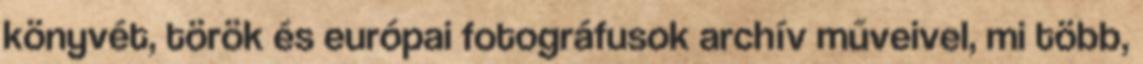
könyvét, török és európai fotográfusok archív műveivel, mi több,